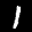
Label: 1